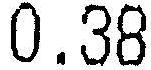
0.38